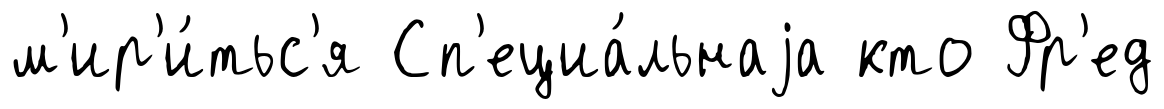
м'ир'и́тьс'я Сп'ециа́льнаjа кто Фр'ед